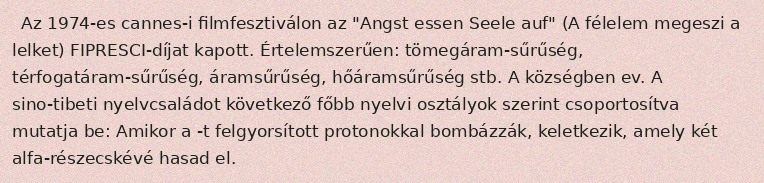
Az 1974-es cannes-i filmfesztiválon az "Angst essen Seele auf" (A félelem megeszi a lelket) FIPRESCI-díjat kapott. Értelemszerűen: tömegáram-sűrűség, térfogatáram-sűrűség, áramsűrűség, hőáramsűrűség stb. A községben ev. A sino-tibeti nyelvcsaládot következő főbb nyelvi osztályok szerint csoportosítva mutatja be: Amikor a -t felgyorsított protonokkal bombázzák, keletkezik, amely két alfa-részecskévé hasad el.